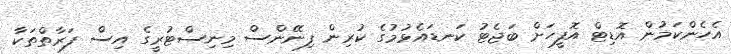
އެހެންކަމުން އޮޑިޓް އޮފީހަށް ބަޖެޓު ކަނޑައެޅުމުގެ ކުރިން ފިނޭންސް މިނިސްޓުރީގެ އިސް ފަރާތްތަކާ